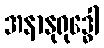
အနာနုရုဒ္ဓေါ